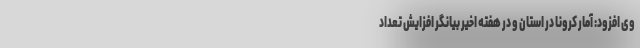
وی افزود: آمار کرونا در استان و در هفته اخیر بیانگر افزایش تعداد